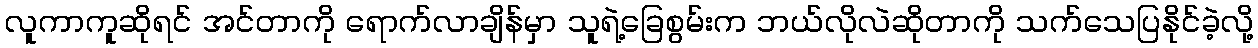
လူကာကူဆိုရင် အင်တာကို ရောက်လာချိန်မှာ သူရဲ့ခြေစွမ်းက ဘယ်လိုလဲဆိုတာကို သက်သေပြနိုင်ခဲ့လို့